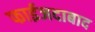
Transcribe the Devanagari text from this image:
फाईजदाबाद